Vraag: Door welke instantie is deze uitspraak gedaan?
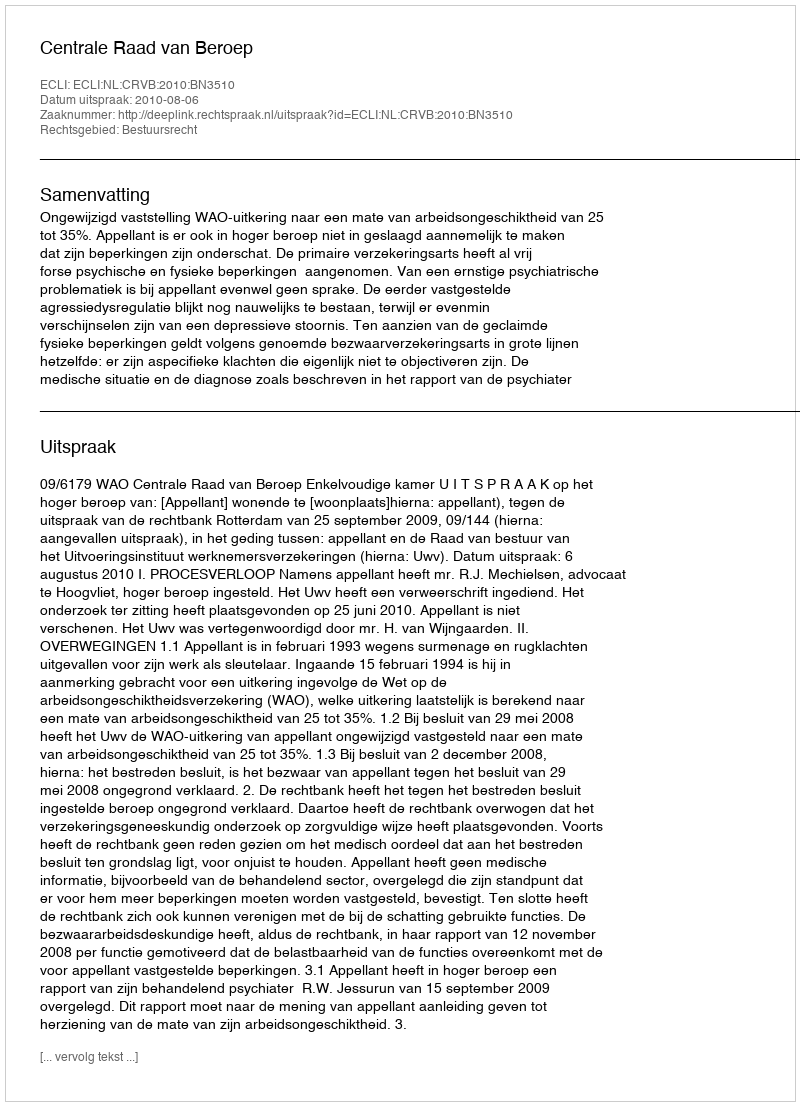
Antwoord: Centrale Raad van Beroep